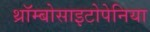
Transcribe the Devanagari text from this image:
थ्रॉम्बोसाइटोपेनिया